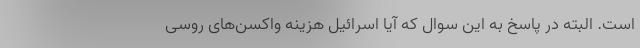
است. البته در پاسخ به این سوال که آیا اسرائیل هزینه واکسن‌های روسی